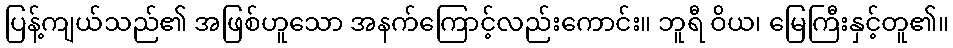
ပြန့်ကျယ်သည်၏ အဖြစ်ဟူသော အနက်ကြောင့်လည်းကောင်း။ ဘူရီ ဝိယ၊ မြေကြီးနှင့်တူ၏။